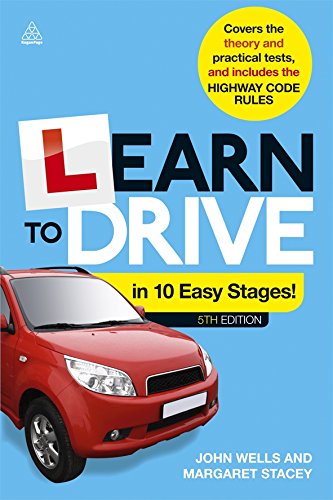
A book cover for Learn to Drive in 10 Easy Stages; John Wells; Engineering & Transportation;